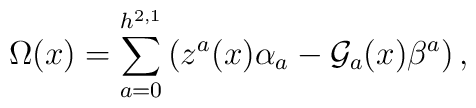
\Omega(x)=\sum^{h^{2,1}}_{a=0}\left(z^a(x)\alpha_a-{\cal G}_a(x) \beta^a\right),